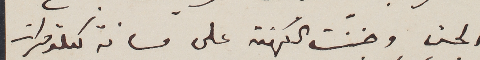
الجن وجننت الكهنة على مسافة كيلومترات